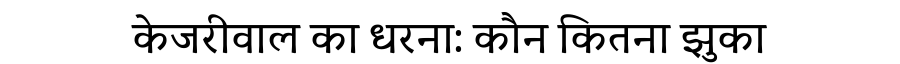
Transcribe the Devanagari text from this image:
केजरीवाल का धरना: कौन कितना झुका